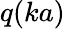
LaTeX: q(ka)